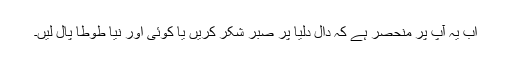
اب یہ آپ پر منحصر ہے کہ دال دلیا پر صبر شکر کریں یا کوئی اور نیا طوطا پال لیں۔